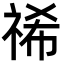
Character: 𮁻